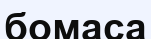
бомаса